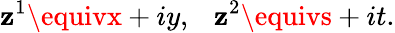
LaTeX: \mathbf{z}^{1}\equivx+iy,~~~\mathbf{z}^{2}\equivs+it.